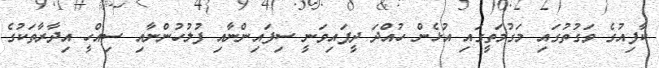
ކާފިއުގެ ވަގުުތުގައި މަގުމަތީގައި އުޅެން ހުއްދަ ދީފައިވަނީ ސިފައިންނާއި ފުލުހުންނާއި ސިއްހީ އިދާރާތަކުގެ